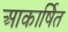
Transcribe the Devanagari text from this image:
आकार्षित